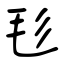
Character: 毝